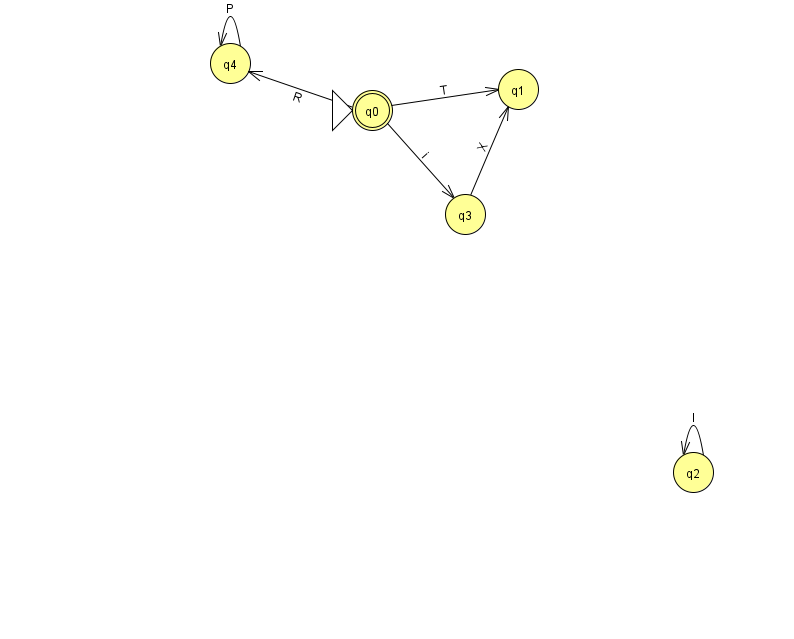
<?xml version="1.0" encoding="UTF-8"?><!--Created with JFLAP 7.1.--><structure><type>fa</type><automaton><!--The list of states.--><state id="0" name="q0"><x>372.0</x><y>97.0</y><initial/><final/></state><state id="1" name="q1"><x>518.0</x><y>76.0</y></state><state id="2" name="q2"><x>693.0</x><y>459.0</y></state><state id="3" name="q3"><x>465.0</x><y>201.0</y></state><state id="4" name="q4"><x>230.0</x><y>50.0</y></state><!--The list of transitions.--><transition><from>4</from><to>4</to><read>P</read></transition><transition><from>0</from><to>4</to><read>R</read></transition><transition><from>3</from><to>1</to><read>X</read></transition><transition><from>0</from><to>3</to><read>i</read></transition><transition><from>0</from><to>1</to><read>T</read></transition><transition><from>2</from><to>2</to><read>l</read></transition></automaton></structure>